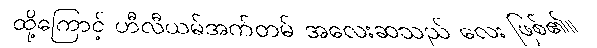
ထို့ကြောင့် ဟီလီယမ်အက်တမ် အလေးဆသည် လေး ဖြစ်၏။